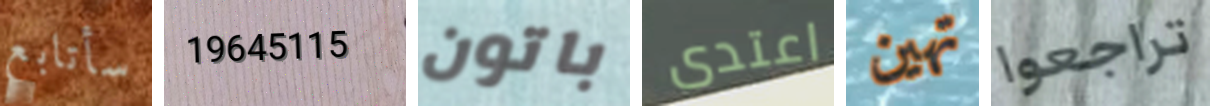
سأتابع 19645115 باتون اعتدى تهين تراجعوا